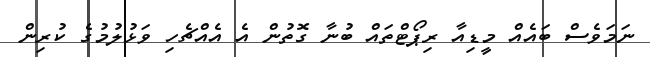
ނަމަވެސް ބައެއް މީޑިއާ ރިޕޯޓްތައް ބުނާ ގޮތުން އެ އެއްޗެހި ވަޅުލުމުގެ ކުރިން